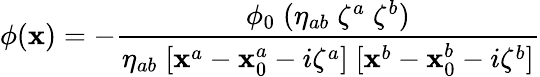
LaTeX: \phi(\mathbf{x})=-{\frac{{\phi_{0}\; (\eta_{ab}\; \zeta^{a}\; \zeta^{b})}}{{\eta_{ab}\; [\mathbf{x}^{a}-\mathbf{x}_{0}^{a}-i\zeta^{a}]\; [\mathbf{x}^{b}-\mathbf{x}_{0}^{b}-i\zeta^{b}]}}}